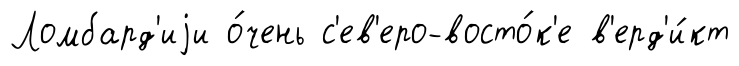
Ломбард'иjи о́чень с'ев'еро-восто́к'е в'ерд'и́кт